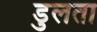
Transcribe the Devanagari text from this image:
डुलता